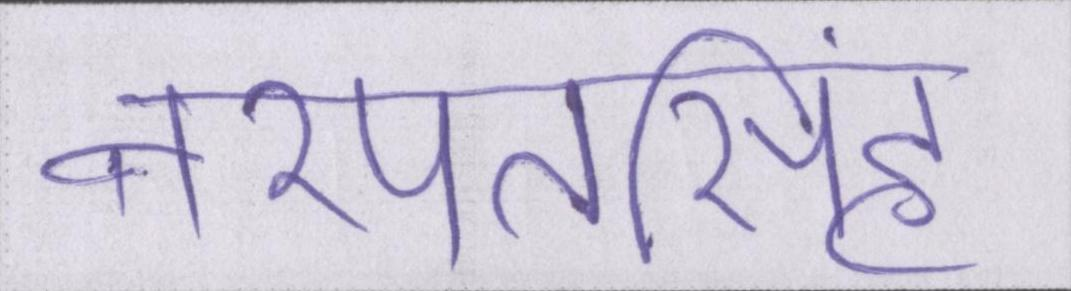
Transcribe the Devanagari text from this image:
नरपतसिंह